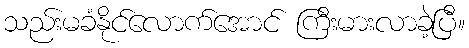
သည်းမခံနိုင်လောက်အောင် ကြီးမားလာခဲ့ပြီ။